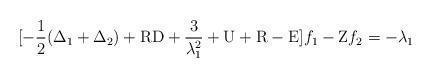
LaTeX: \begin{align*}[-\frac{1}{2} (\Delta_1 + \Delta_2) + {\rm RD} + \frac{3}{\lambda_1^2} + {\rm U} + {\rm R} - {\rm E}] f_1 - {\rm Z} f_2 = -\lambda_1 \end{align*}